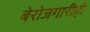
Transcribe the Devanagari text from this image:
बेरोजगारीही